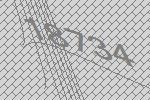
18734